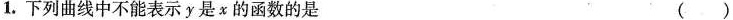
1.下列曲线中不能表示y是x的函数的是 ()